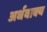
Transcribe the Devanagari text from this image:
अर्धवाक्य